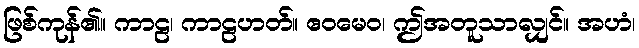
ဖြစ်ကုန်၏။ ကာဠ၊ ကာဠဟတ်။ ဧဝမေဝ၊ ဤအတူသာလျှင်။ အဟံ၊